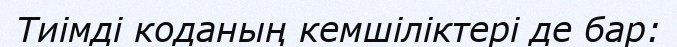
Тиімді коданың кемшіліктері де бар: